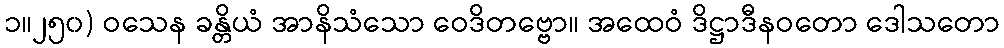
၁။၂၅၀) ဝသေန ခန္တိယံ အာနိသံသော ဝေဒိတဗ္ဗော။ အထေဝံ ဒိဋ္ဌာဒီနဝတော ဒေါသတော